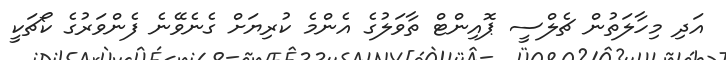
އަދި މިހާލަތުން ޗެލްސީ ޕޮއިންޓް ތާވަލުގެ އެންމެ ކުރިޔަށް ގެނެވޭނެ ފެންވަރުގެ ކޯޗަކީ